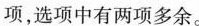
项,选项中有两项多余。